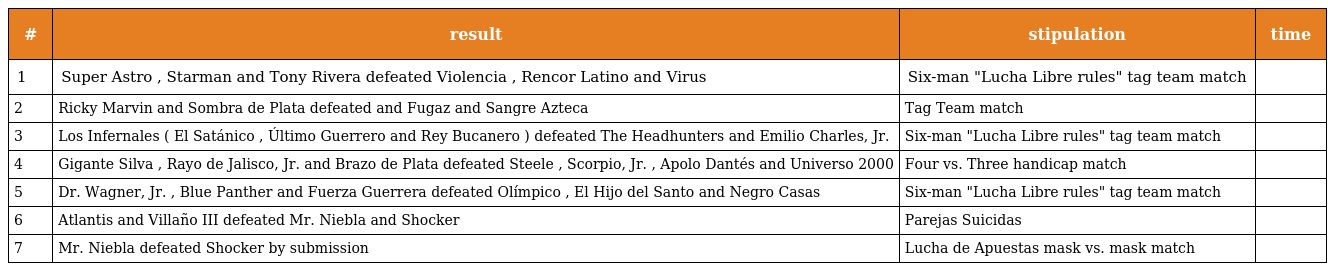
| # | result | stipulation | time |
 | --- | --- | --- | --- |
 | 1 | Super Astro , Starman and Tony Rivera defeated Violencia , Rencor Latino and Virus | Six-man "Lucha Libre rules" tag team match |  |
 | 2 | Ricky Marvin and Sombra de Plata defeated and Fugaz and Sangre Azteca | Tag Team match |  |
 | 3 | Los Infernales ( El Satánico , Último Guerrero and Rey Bucanero ) defeated The Headhunters and Emilio Charles, Jr. | Six-man "Lucha Libre rules" tag team match |  |
 | 4 | Gigante Silva , Rayo de Jalisco, Jr. and Brazo de Plata defeated Steele , Scorpio, Jr. , Apolo Dantés and Universo 2000 | Four vs. Three handicap match |  |
 | 5 | Dr. Wagner, Jr. , Blue Panther and Fuerza Guerrera defeated Olímpico , El Hijo del Santo and Negro Casas | Six-man "Lucha Libre rules" tag team match |  |
 | 6 | Atlantis and Villaño III defeated Mr. Niebla and Shocker | Parejas Suicidas |  |
 | 7 | Mr. Niebla defeated Shocker by submission | Lucha de Apuestas mask vs. mask match |  |